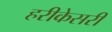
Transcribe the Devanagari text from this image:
हरीकेसरी